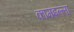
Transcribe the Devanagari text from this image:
कामइल्ला